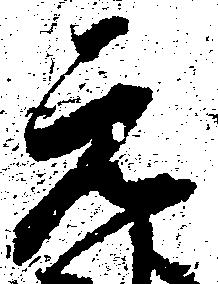
元